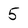
Character: 5